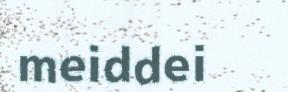
meiddei